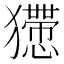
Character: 𤣇